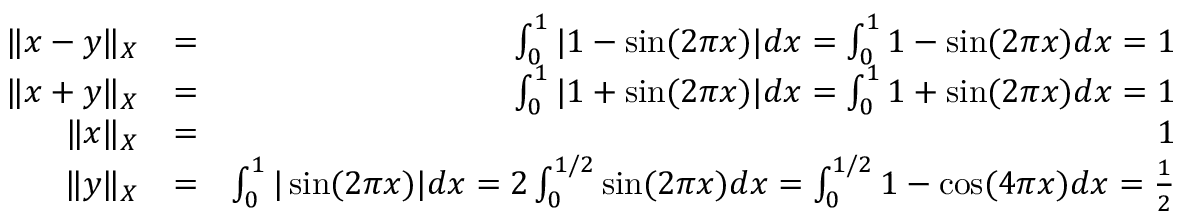
\begin{array} { r l r } { \| x - y \| _ { X } } & { = } & { \int _ { 0 } ^ { 1 } | 1 - \sin ( 2 \pi x ) | d x = \int _ { 0 } ^ { 1 } 1 - \sin ( 2 \pi x ) d x = 1 } \\ { \| x + y \| _ { X } } & { = } & { \int _ { 0 } ^ { 1 } | 1 + \sin ( 2 \pi x ) | d x = \int _ { 0 } ^ { 1 } 1 + \sin ( 2 \pi x ) d x = 1 } \\ { \| x \| _ { X } } & { = } & { 1 } \\ { \| y \| _ { X } } & { = } & { \int _ { 0 } ^ { 1 } | \sin ( 2 \pi x ) | d x = 2 \int _ { 0 } ^ { 1 / 2 } \sin ( 2 \pi x ) d x = \int _ { 0 } ^ { 1 / 2 } 1 - \cos ( 4 \pi x ) d x = \frac { 1 } { 2 } } \end{array}